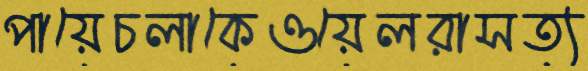
পায়েচলাকেওয়েলরাসত্য